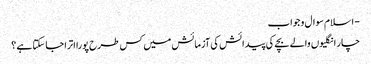
- اسلام سوال و جواب
چار انگلیوں والے بچے کی پیدائش کی آزمائش میں کس طرح پورا اترا جا سکتا ہے ؟